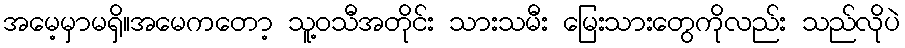
အမေ့မှာမရှိ။အမေကတော့ သူ့ဝသီအတိုင်း သားသမီး မြေးသားတွေကိုလည်း သည်လိုပဲ